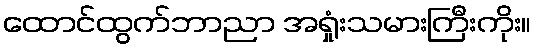
ထောင်ထွက်ဘာညာ အရှုံးသမားကြီးကိုး။